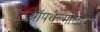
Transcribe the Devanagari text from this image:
ऑपथैल्मोलॉजी